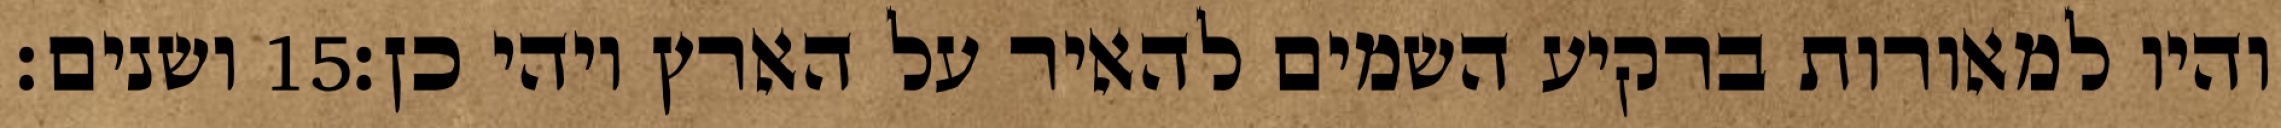
ושנים׃ ‎15‏ והיו למאורות ברקיע השמים להאיר על הארץ ויהי כן׃